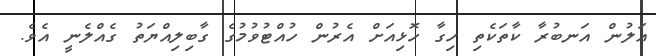
އަލުން އަނބުރާ ކާތަކެތި ހިގާ ހޮޅިއަށް އެރުން ހުއްޓުވުމުގެ ގާބިލިއްޔަތު ގެއްލެނީ އެވެ.